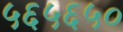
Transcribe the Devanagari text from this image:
५६५६५०